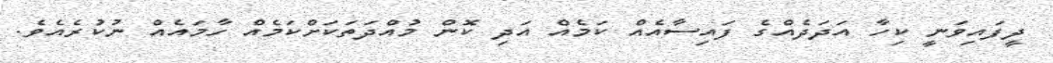
ދީފައިވަނީ ކިހާ އަދަދެއްގެ ފައިސާއެއް ކަމެއް އަދި ކޮން މުއްދަތަކަށްކަމެއް ހާމައެއް ނުކުރެއެވެ.